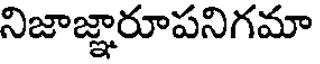
నిజాజ్ఞారూపనిగమా